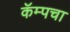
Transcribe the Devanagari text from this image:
कॅम्पचा